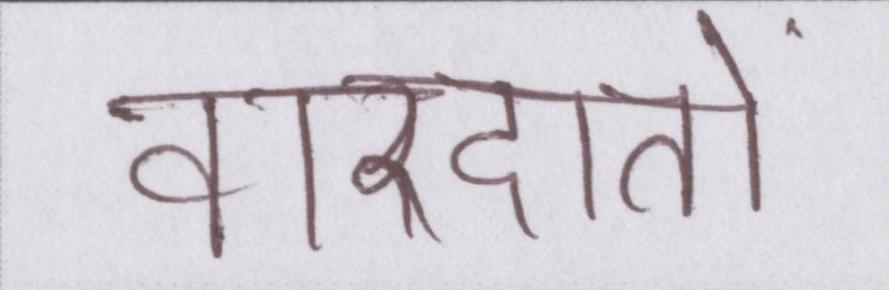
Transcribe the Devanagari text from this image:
वारदातों